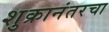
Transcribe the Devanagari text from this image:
शुक्रानंतरचा